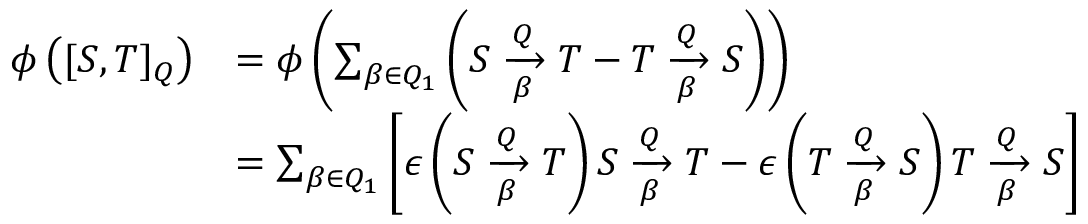
\begin{array} { r l } { \phi \left( [ S , T ] _ { Q } \right) } & { = \phi \left( \sum _ { \beta \in Q _ { 1 } } { \left( S \xrightarrow [ \beta ] { Q } T - T \xrightarrow [ \beta ] { Q } S \right) } \right) } \\ & { = \sum _ { \beta \in Q _ { 1 } } { \left[ \epsilon \left( S \xrightarrow [ \beta ] { Q } T \right) S \xrightarrow [ \beta ] { Q } T - \epsilon \left( T \xrightarrow [ \beta ] { Q } S \right) T \xrightarrow [ \beta ] { Q } S \right] } } \end{array}